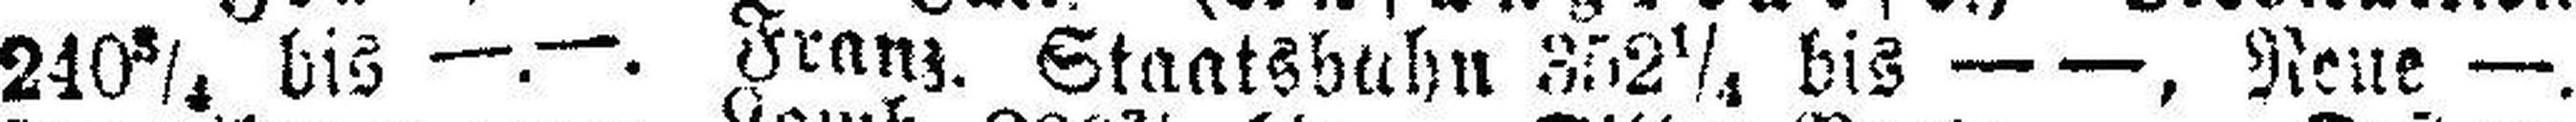
240¾ bis —.—. Franz. Staatsbahn 352¼ bis — —, Neue —.